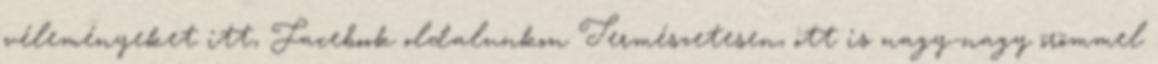
véleményeket itt, Facebook oldalunkon Természetesen, ott is nagy-nagy örömmel